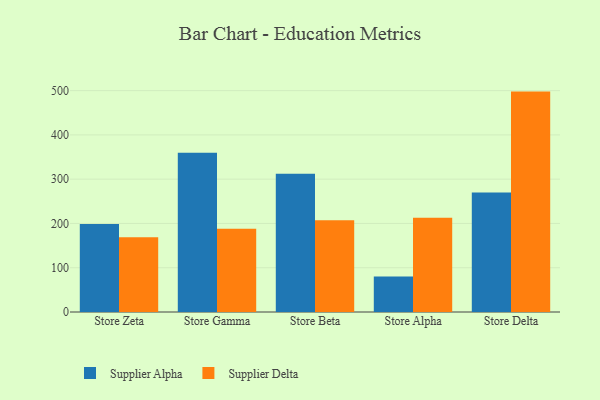
{"axis": {"x": "Store", "y": "Churn Rate (%)"}, "legend": ["Supplier Alpha", "Supplier Delta"], "data": [{"x": "Store Zeta", "y": 198.8, "type": "Supplier Alpha"}, {"x": "Store Zeta", "y": 168.9, "type": "Supplier Delta"}, {"x": "Store Gamma", "y": 359.7, "type": "Supplier Alpha"}, {"x": "Store Gamma", "y": 187.9, "type": "Supplier Delta"}, {"x": "Store Beta", "y": 312.2, "type": "Supplier Alpha"}, {"x": "Store Beta", "y": 207.2, "type": "Supplier Delta"}, {"x": "Store Alpha", "y": 80.4, "type": "Supplier Alpha"}, {"x": "Store Alpha", "y": 212.6, "type": "Supplier Delta"}, {"x": "Store Delta", "y": 269.7, "type": "Supplier Alpha"}, {"x": "Store Delta", "y": 497.8, "type": "Supplier Delta"}]}